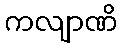
ကလျာဏိ